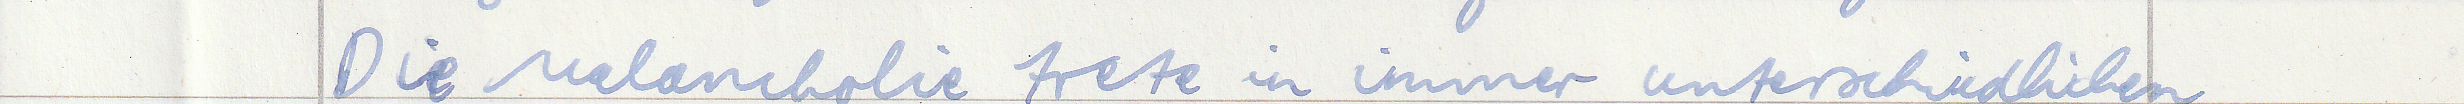
Die Melancholie trete in immer unterschiedlichen